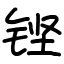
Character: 铿